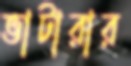
ভাটারার